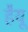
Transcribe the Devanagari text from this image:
हैयू